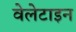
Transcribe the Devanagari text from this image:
वेलेटाइन